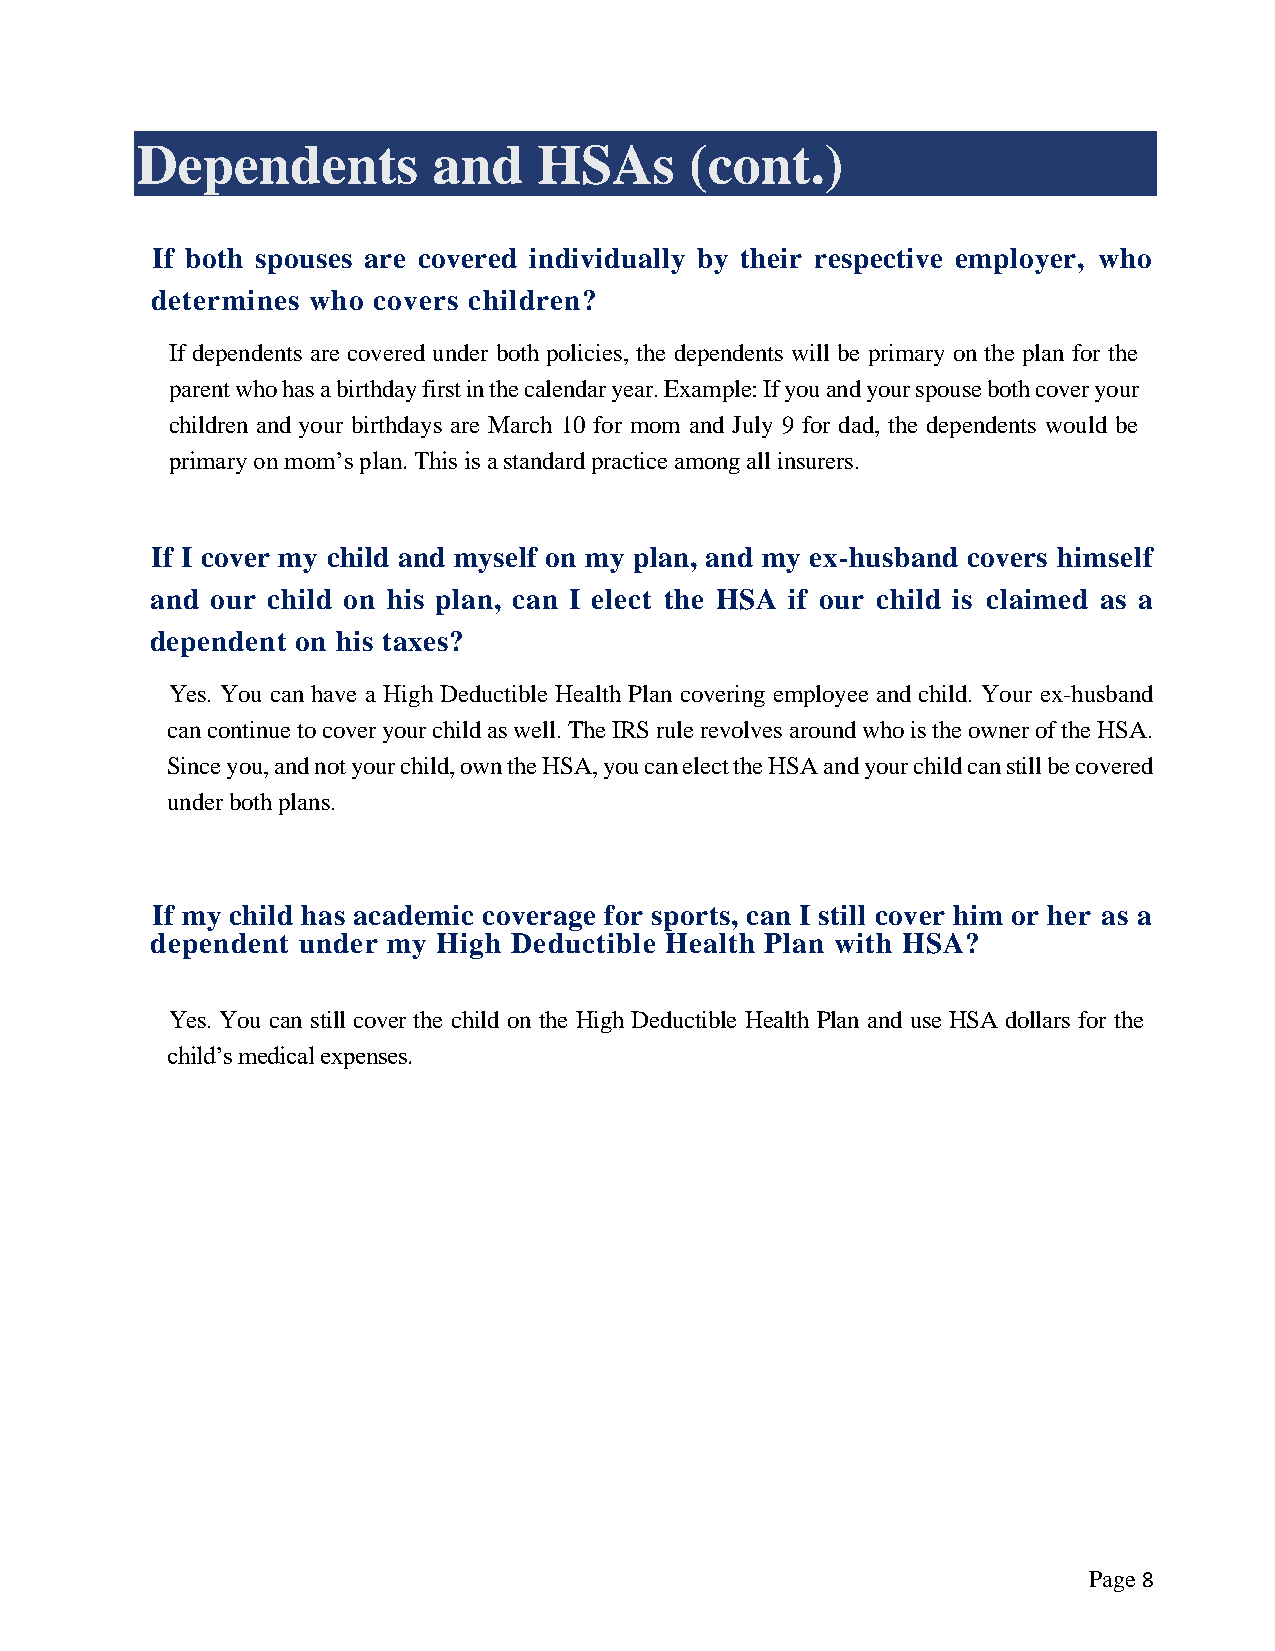
Dependents          and    HSAs      (cont.)
 If both spouses are covered individually by their respective employer, who
 determines who covers children?
 If dependents are covered under both policies, the dependents will be primary on the plan for the
 parent who has a birthday first in the calendar year. Example: If you and your spouse both cover your
 children and your birthdays are March 10 for mom and July 9 for dad, the dependents would be
 primary on mom’s plan. This is a standard practice among all insurers.
 If I cover my child and myself on my plan, and my ex-husband covers himself
 and our child on his plan, can I elect the HSA if our child is claimed as a
 dependent on his taxes?
 Yes. You can have a High Deductible Health Plan covering employee and child. Your ex-husband
 can continue to cover your child as well. The IRS rule revolves around who is the owner of the HSA.
 Since you, and not your child, own the HSA, you can elect the HSA and your child can still be covered
 under both plans.
 If my child has academic coverage for sports, can I still cover him or her as a
 dependent under my High Deductible Health Plan with HSA?
 Yes. You can still cover the child on the High Deductible Health Plan and use HSA dollars for the
 child’s medical expenses.
 Page 8